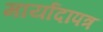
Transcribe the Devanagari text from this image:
मार्यादापत्र